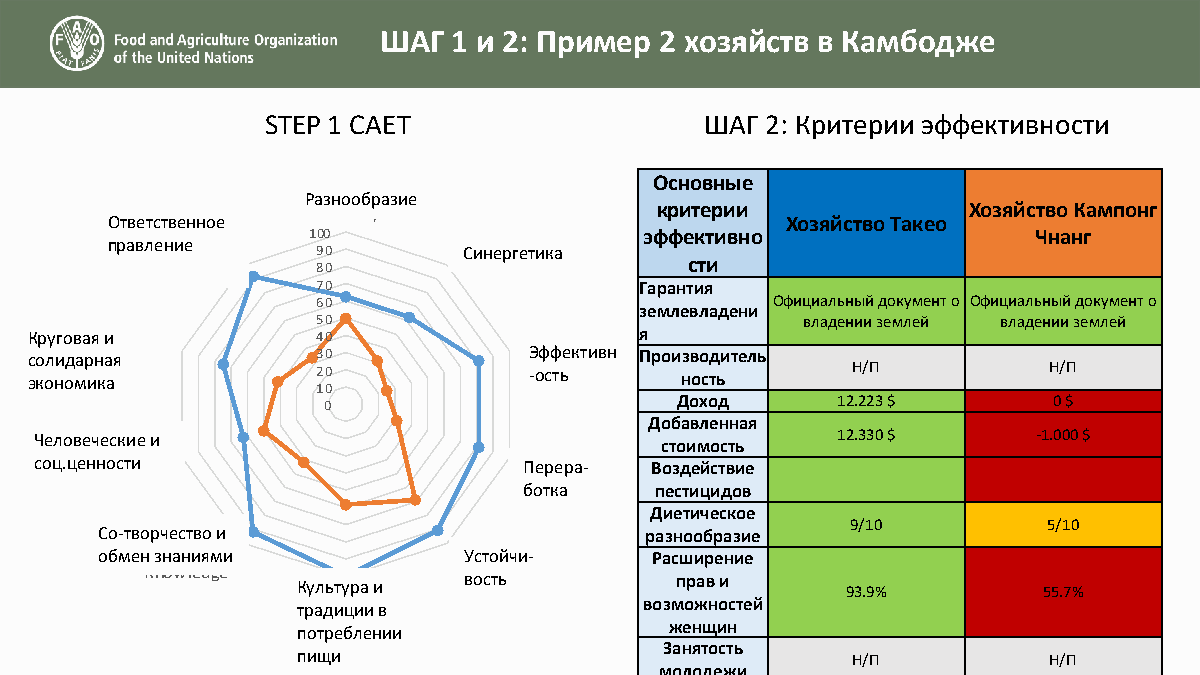
ШАГ  1 и 2: Пример 2 хозяйств в Камбодже
 STEP 1 CAET                  ШАГ 2: Критерии эффективности
 Основные
 Разнообразие
 Diversity             критерии             Хозяйство Кампонг
 Ответственное                                Хозяйство Такео
 100                    эффективно                Чнанг
 правлRеeнsиpеonsible
 90        Синергетика
 Synergies       сти
 Governance 80
 70                   Гарантия
 60                            Официальный документ о Официальный документ о
 землевладени
 50                              владении землей владении землей
 КругоCвirаcяu иla r & 40                я
 сSоoлliиdдarаiрtyн Eаяc onomy 30
 EfЭfiфciфenекcтyивн
 Производитель
 экономика          20            -ость     ность      Н/П          Н/П
 10
 0                       Доход     12.223 $       0 $
 Добавленная
 Человеческие и                                       12.330 $      -1.000 $
 Human & Social                          стоимость
 соц.цен Vн aо luс eти s         R Пec еy рc еl рin аg - Воздействие
 ботка   пестицидов
 Диетическое
 Co-Creation &                                  9/10         5/10
 Со-творчество и                     разнообразие
 Sharing of          Resilience
 обмен знаниями          Устойчи-    Расширение
 Knowledge
 CК uу ltл uь reту &ра F и o od вость прав и 93.9% 55.7%
 возможностей
 традиции в
 Tradition
 женщин
 потреблении
 Занятость
 пищи                                Н/П          Н/П
 молодежи